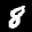
Label: 8